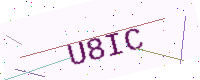
Text: U8IC